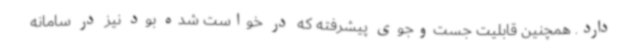
دارد. همچنین قابلیت جست‌وجوی پیشرفته که در خواست شده بود نیز در سامانه